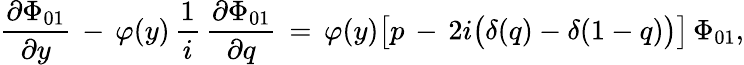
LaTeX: \frac{\partial\Phi_{01}}{\partial y}\, -\, \varphi(y)\, \frac 1i\, \frac{\partial\Phi_{01}}{\partial q}\, =\, \varphi(y)\bigl[p\, -\, 2i\bigl(\delta(q)-\delta(1-q)\bigr)\bigr]\, \Phi_{01},